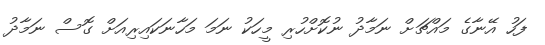
ފަހު އޭނާގެ މައްޗަށް ނަމާދު ނުކޮށްހުރި މީހަކު ނަމަ މަހާނަކައިރިއަށް ގޮސް ނަމާދު